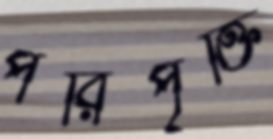
পরিপৃক্তি